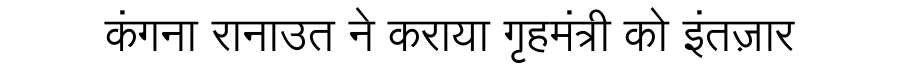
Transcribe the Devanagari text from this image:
कंगना रानाउत ने कराया गृहमंत्री को इंतज़ार